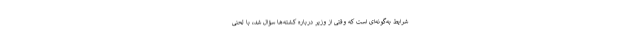
شرایط به‌گونه‌ای است که وقتی از وزیر درباره کشته‌ها سؤال شد، با لحنی